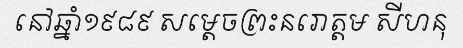
នៅឆ្នាំ១៩៨៩ សម្តេចព្រះនរោត្តម សីហនុ